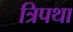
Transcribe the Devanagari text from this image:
त्रिपथा